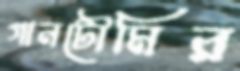
গানটৌমির